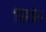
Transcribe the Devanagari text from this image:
सिफ्रे